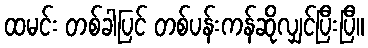
ထမင်း တစ်ခါပြင် တစ်ပန်းကန်ဆိုလျှင်ပြီးပြီ။